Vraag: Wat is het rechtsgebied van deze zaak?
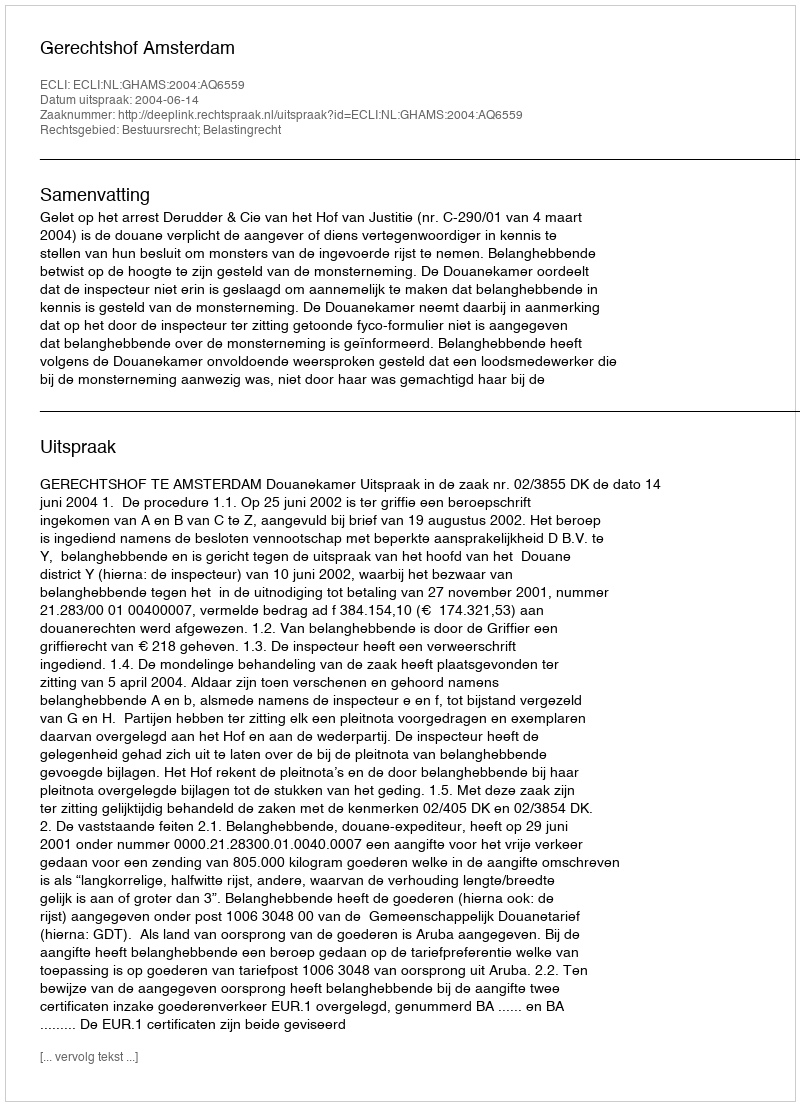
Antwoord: Bestuursrecht; Belastingrecht